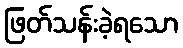
ဖြတ်သန်းခဲ့ရသော